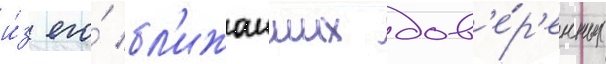
и́з его́ бл'ижаиших дов'е́р'енных